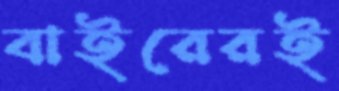
বাইরেরই